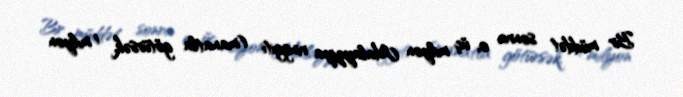
Bir müddət sonra o, üç milyon Malayziya ringgiti (manatla götürsək, 1 milyon